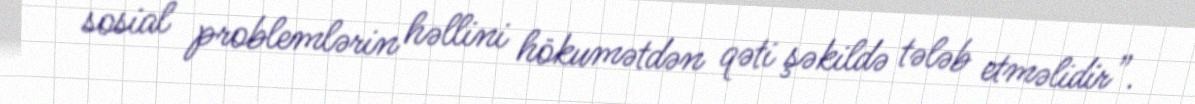
sosial problemlərin həllini hökumətdən qəti şəkildə tələb etməlidir”.